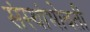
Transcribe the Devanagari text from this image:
संस्थांभोवती